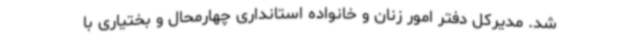
شد. مدیرکل دفتر امور زنان و خانواده استانداری چهارمحال و بختیاری با